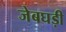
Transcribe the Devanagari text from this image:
जेबघड़ी